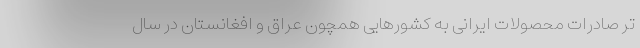
تر صادرات محصولات ایرانی به کشورهایی همچون عراق و افغانستان در سال